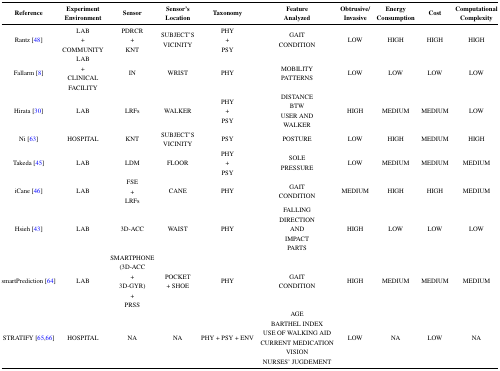
<table><thead><tr><td><b>Reference</b></td><td><b>Experiment Environment</b></td><td><b>Sensor</b></td><td><b>Sensor&#x27;s Location</b></td><td><b>Taxonomy</b></td><td><b>Feature Analyzed</b></td><td><b>Obtrusive/ Invasive</b></td><td><b>Energy Consumption</b></td><td><b>Cost</b></td><td><b>Computational Complexity</b></td></tr></thead><tbody><tr><td>Rantz [48]</td><td>LAB + COMMUNITY</td><td>PDRCR + KNT</td><td>SUBJECT&#x27;S VICINITY</td><td>PHY + PSY</td><td>GAIT CONDITION</td><td>LOW</td><td>HIGH</td><td>HIGH</td><td>HIGH</td></tr><tr><td>Fallarm [8]</td><td>LAB + CLINICAL FACILITY</td><td>IN</td><td>WRIST</td><td>PHY</td><td>MOBILITY PATTERNS</td><td>LOW</td><td>LOW</td><td>LOW</td><td>LOW</td></tr><tr><td>Hirata [30]</td><td>LAB</td><td>LRFs</td><td>WALKER</td><td>PHY + PSY</td><td>DISTANCE BTW USER AND WALKER</td><td>HIGH</td><td>MEDIUM</td><td>MEDIUM</td><td>LOW</td></tr><tr><td>Ni [63]</td><td>HOSPITAL</td><td>KNT</td><td>SUBJECT&#x27;S VICINITY</td><td>PSY</td><td>POSTURE</td><td>LOW</td><td>HIGH</td><td>MEDIUM</td><td>HIGH</td></tr><tr><td>Takeda [45]</td><td>LAB</td><td>LDM</td><td>FLOOR</td><td>PHY + PSY</td><td>SOLE PRESSURE</td><td>LOW</td><td>MEDIUM</td><td>MEDIUM</td><td>MEDIUM</td></tr><tr><td>iCane [46]</td><td>LAB</td><td>FSE + LRFs</td><td>CANE</td><td>PHY</td><td>GAIT CONDITION</td><td>MEDIUM</td><td>HIGH</td><td>HIGH</td><td>MEDIUM</td></tr><tr><td>Hsieh [43]</td><td>LAB</td><td>3D-ACC</td><td>WAIST</td><td>PHY</td><td>FALLING DIRECTION AND IMPACT PARTS</td><td>HIGH</td><td>LOW</td><td>LOW</td><td>LOW</td></tr><tr><td>smartPrediction [64]</td><td>LAB</td><td>SMARTPHONE (3D-ACC + 3D-GYR) + PRSS</td><td>POCKET + SHOE</td><td>PHY</td><td>GAIT CONDITION</td><td>HIGH</td><td>MEDIUM</td><td>MEDIUM</td><td>MEDIUM</td></tr><tr><td>STRATIFY [65,66]</td><td>HOSPITAL</td><td>NA</td><td>NA</td><td>PHY +PSY+ ENV</td><td>AGE BARTHEL INDEX USE OF WALKING AID CURRENT MEDICATION VISION NURSES&#x27; JUGDEMENT</td><td>LOW</td><td>NA</td><td>LOW</td><td>NA</td></tr></tbody></table>